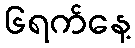
၆ရက်နေ့